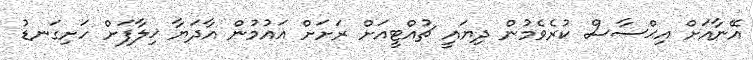
އޭނާއަށް އިޙްސާސް ކުރެވެމުން ދިޔައީ ޗުއްޓީއަށް ރަށަށް އައުމުން އާދަޔާ ޚިލާފަށް ހަށިގަނޑު